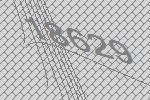
18629